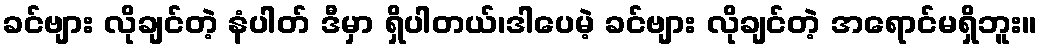
ခင်ဗျား လိုချင်တဲ့ နံပါတ် ဒီမှာ ရှိပါတယ်၊ဒါပေမဲ့ ခင်ဗျား လိုချင်တဲ့ အရောင်မရှိဘူး။